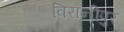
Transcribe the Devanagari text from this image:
विरानीपुर